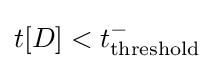
t[D]<t_{\text{threshold}}^{-}